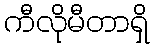
ကီလိုမီတာရှိ